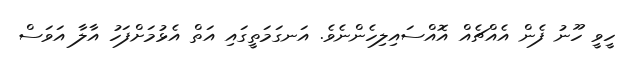
ހީވީ ހޫނު ފެން އެއްޗެއް އޮއްސައިލިހެންނެވެ. އަނގަމަތީގައި އަތް އެޅުމަށްފަހު އާލާ އަވަސް